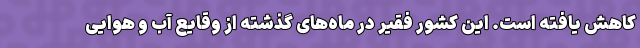
کاهش یافته است. این کشور فقیر در ماه‌های گذشته از وقایع آب و هوایی